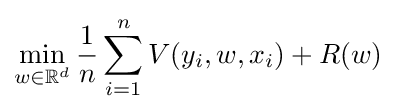
\min _{w\in \mathbb {R} ^{d}}{\frac {1}{n}}\sum _{i=1}^{n}V(y_{i},w,x_{i})+R(w)